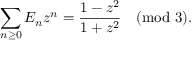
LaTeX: \sum _ { n \geq 0 } E _ { n } z ^ { n } = { \frac { 1 - z ^ { 2 } } { 1 + z ^ { 2 } } } { \pmod { 3 } } .